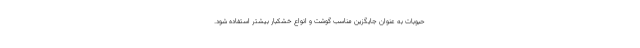
حبوبات به عنوان جایگزین مناسب گوشت و انواع خشکبار بیشتر استفاده شود.